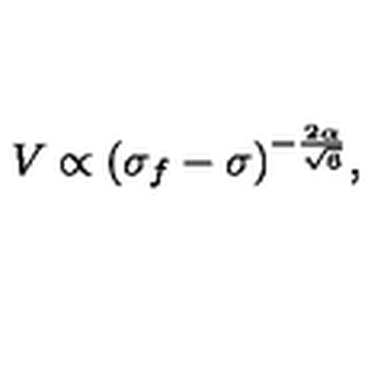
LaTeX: { V \propto ( \sigma _ { f } - \sigma ) ^ { - \frac { 2 \alpha } { \sqrt { 6 } } } , }